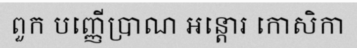
ពួក បញ្ញើប្រាណ អន្តោរ កោសិកា